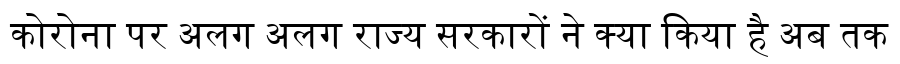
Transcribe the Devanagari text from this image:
कोरोना पर अलग अलग राज्य सरकारों ने क्या किया है अब तक